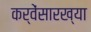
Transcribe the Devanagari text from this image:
कर्वेंसारख्या